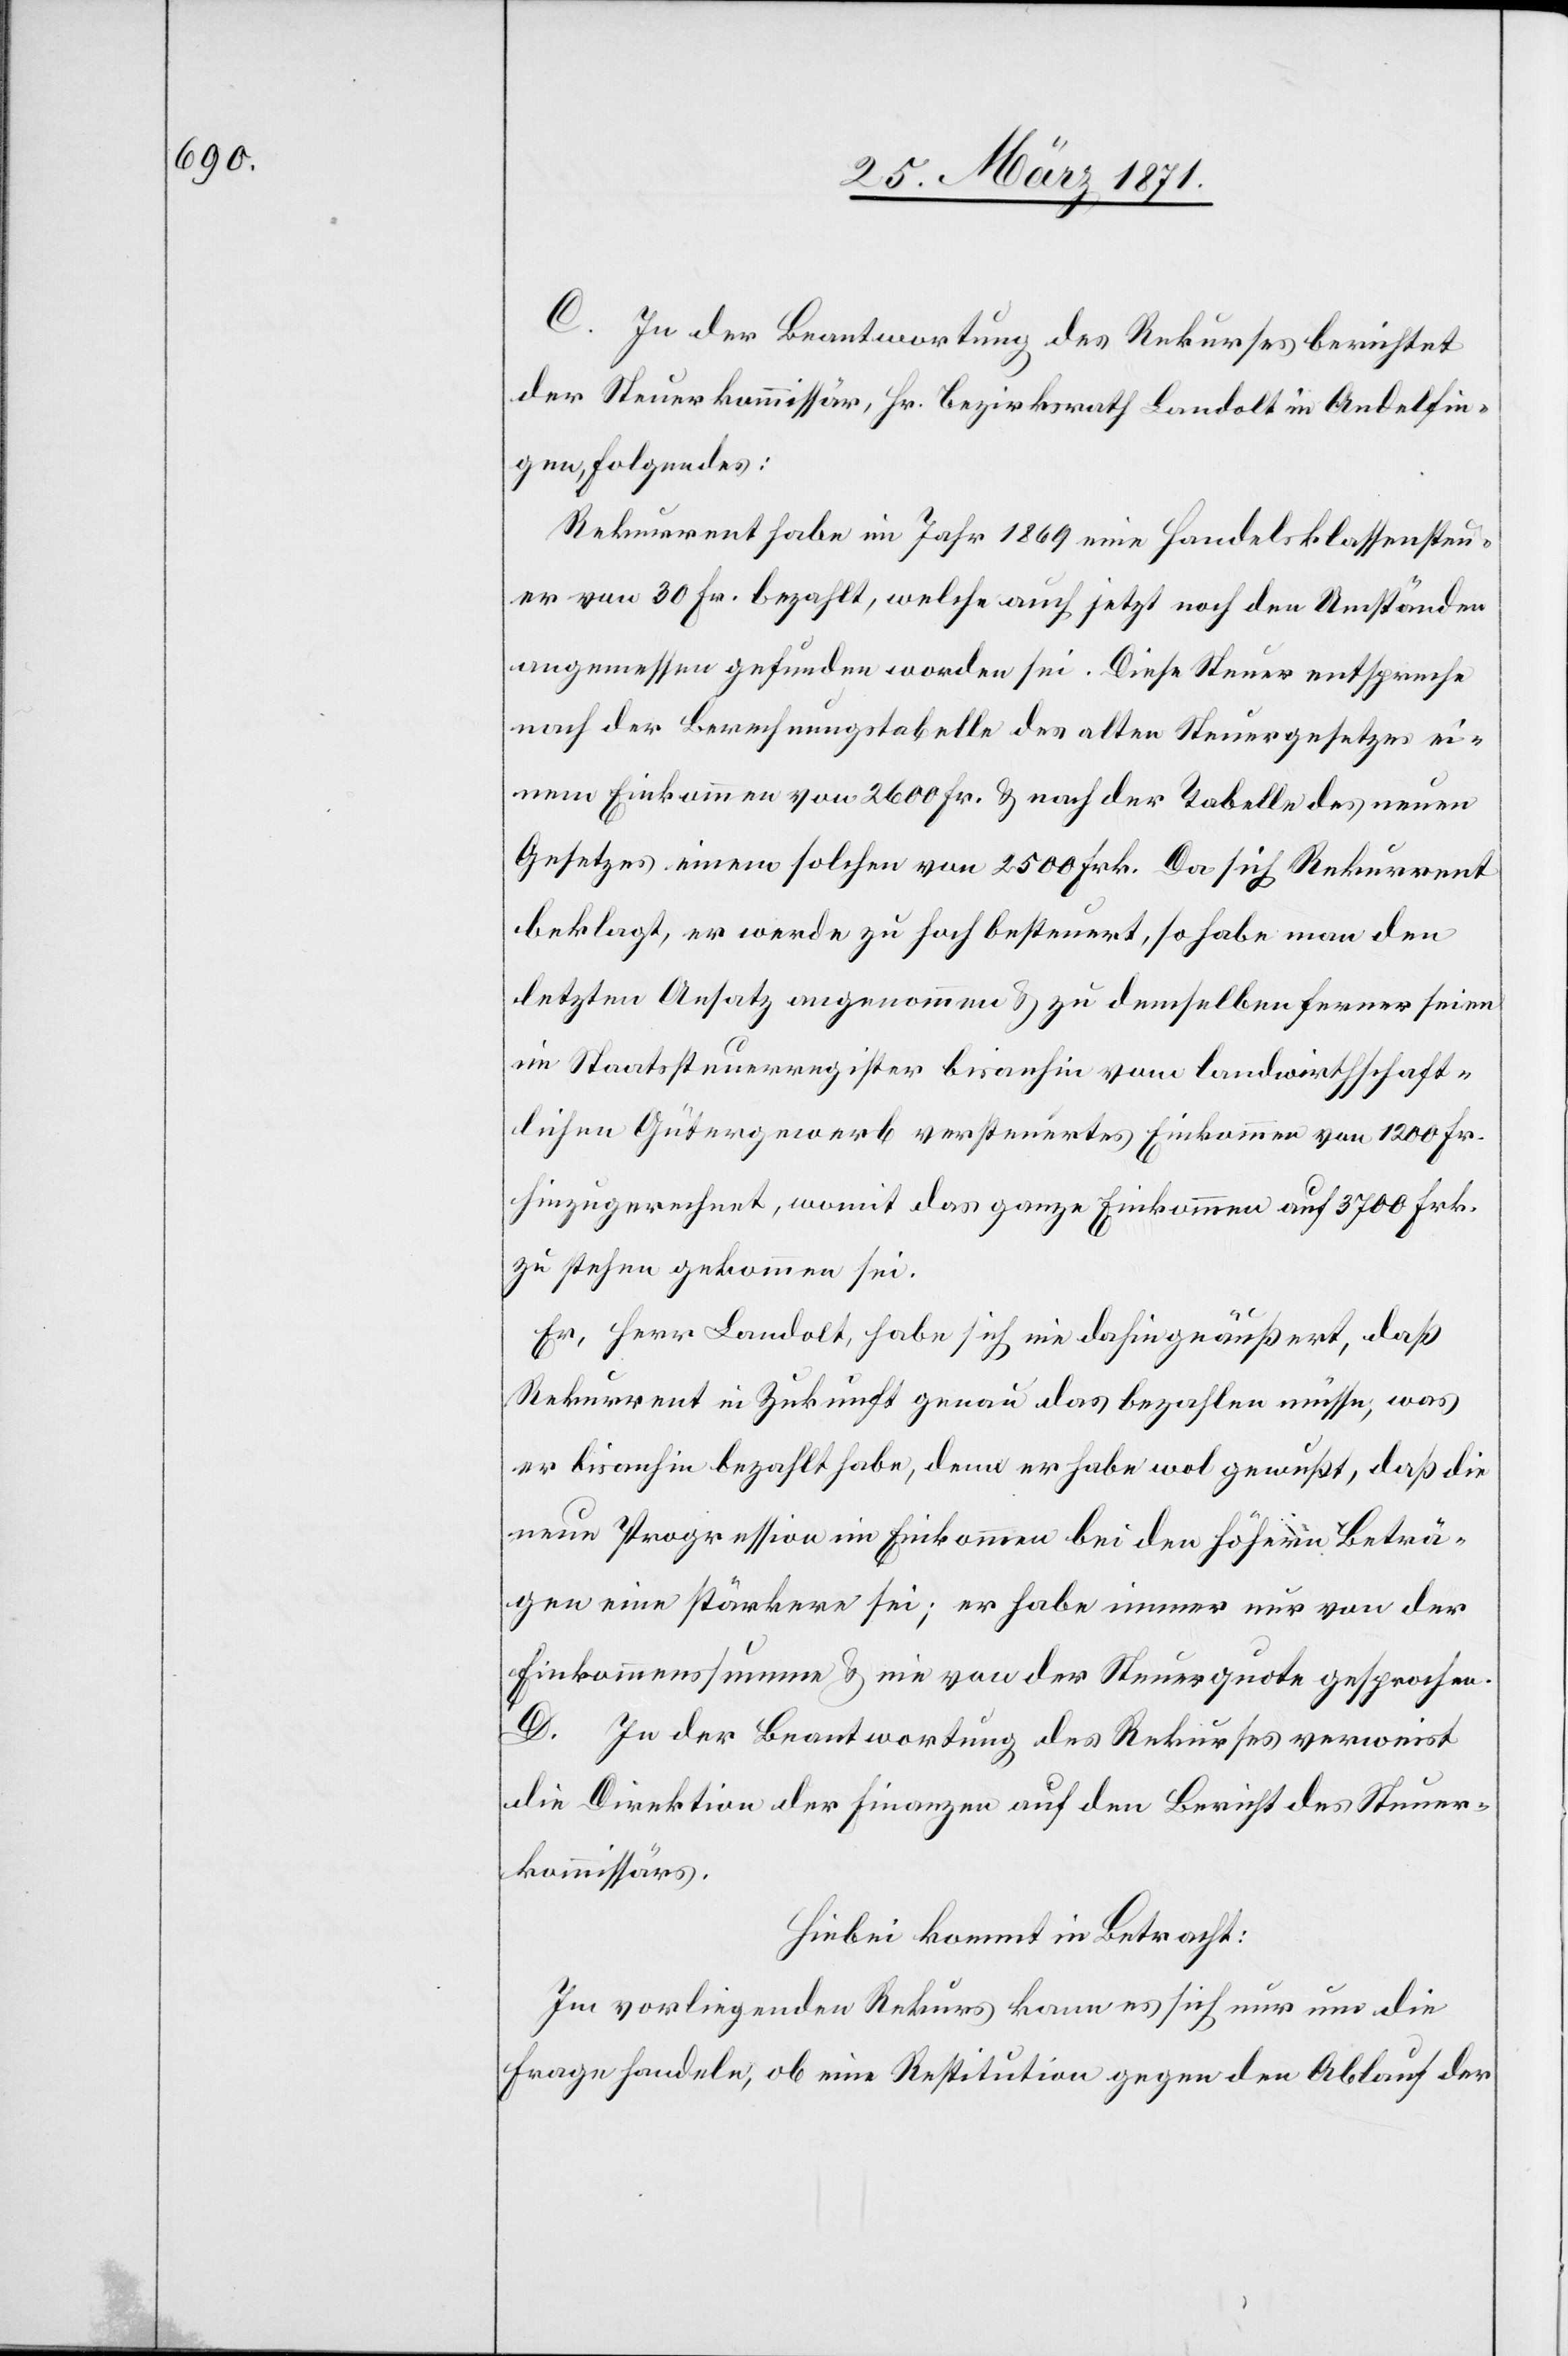
C. In der Beantwortung des Rekurses berichtet
der Steuerkommissär, Hr. Bezirksrath Landolt in Andelfin¬
gen, Folgendes:
Rekurrent habe im Jahr 1869 eine Handelsklassensteu¬
er von 30 Fr. bezahlt, welche auch jetzt noch den Umständen
angemessen gefunden worden sei. Diese Steuer entspreche
nach der Berechnungstabelle des alten Steuergesetzes ei¬
nem Einkommen von 2600 Fr. u. nach der Tabelle des neuen
Gesetzes einem solchen von 2500 Frk. Da sich Rekurrent
beklagt, er werde zu hoch besteuert, so habe man den
letzten Ansatz angenommen u. zu demselben ferner seien
im Staatssteuerregister bis anhin vom landwirthschaft¬
lichen Gütergewerb versteuertes Einkommen von 1200 Fr.
hinzugerechnet, womit das ganze Einkommen auf 3700 Frk.
zu stehen gekommen sei.
Er, Herr Landolt, habe sich nie dahin geäußert, daß
Rekurrent in Zukunft genau das bezahlen müsse, was
er bis anhin bezahlt habe, denn er habe wol gewußt, daß die
neue Progression im Einkommen bei den höhern Beträ¬
gen eine stärkere sei; er habe immer nur von der
Einkommenssumme u. nie von der Steuerquote gesprochen.
D. In der Beantwortung des Rekurses verweist
die Direktion der Finanzen auf den Bericht des Steuer¬
kommissärs.
Hiebei kommt in Betracht:
Im vorliegenden Rekurs kann es sich nur um die
Frage handeln, ob eine Restitution gegen den Ablauf der